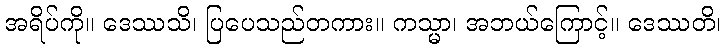
အရိပ်ကို။ ဒေဿသိ၊ ပြပေသည်တကား။ ကသ္မာ၊ အဘယ်ကြောင့်။ ဒေဿတိ၊